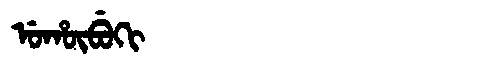
Manchu: ᡠᡥᡡᠪᡠᡴᡳ
Romanization: UHŪBUKI